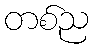
တစ်ည